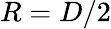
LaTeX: R=D/2